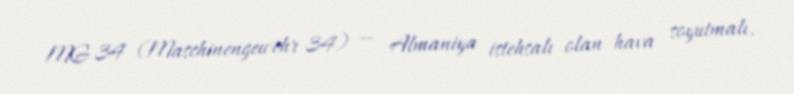
MG 34 (Maschinengewehr 34) — Almaniya istehsalı olan hava soyutmalı,